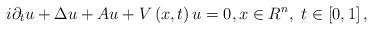
LaTeX: \begin{align*}i\partial _{t}u+\Delta u+Au+V\left( x,t\right) u=0,x\in R^{n},\text{ }t\in \left[ 0,1\right] , \end{align*}